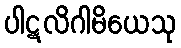
ပါဋလိဂါမိယေသု